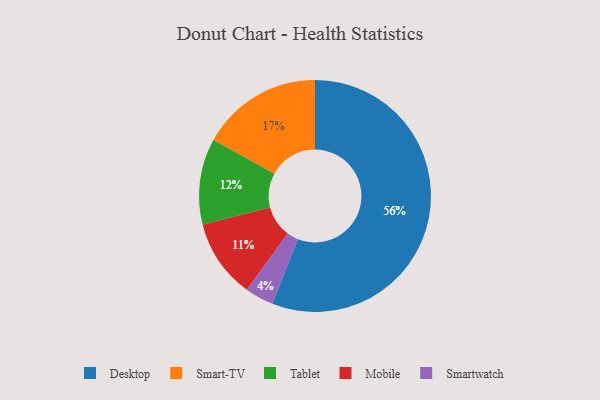
{"axis": {"x": "Category", "y": "Percentage"}, "legend": ["Desktop", "Mobile", "Smart-TV", "Smartwatch", "Tablet"], "data": [{"x": "Desktop", "y": 56, "type": "Desktop"}, {"x": "Mobile", "y": 11, "type": "Mobile"}, {"x": "Smart-TV", "y": 17, "type": "Smart-TV"}, {"x": "Tablet", "y": 12, "type": "Tablet"}, {"x": "Smartwatch", "y": 4, "type": "Smartwatch"}]}